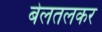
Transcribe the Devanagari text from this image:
बेलतलकर